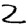
Digit: 2